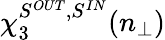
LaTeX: \chi_{3}^{S^{OUT},S^{IN}}(n_{\perp})